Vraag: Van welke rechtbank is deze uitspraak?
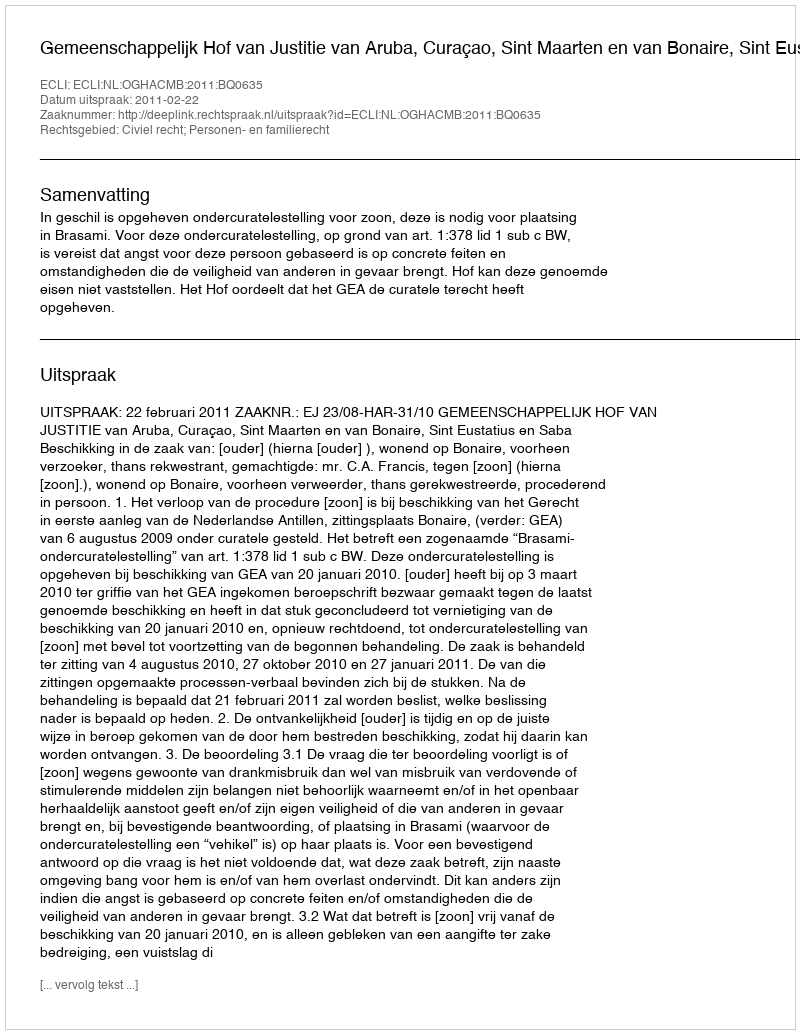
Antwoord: Gemeenschappelijk Hof van Justitie van Aruba, Curaçao, Sint Maarten en van Bonaire, Sint Eustatius en Saba